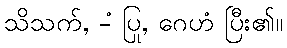
သိသက်, -ံ ပြု, ဂေဟံ ပြီး၏။